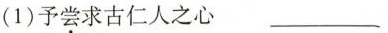
(1)予尝求古仁人之心 ___